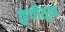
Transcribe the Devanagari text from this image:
कुपीतून